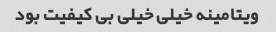
ویتامینه خیلی خیلی بی کیفیت بود